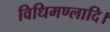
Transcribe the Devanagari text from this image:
विधिमण्लादि।